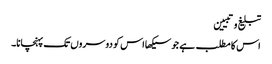
تبلیغ وتبیین
اس کا مطلب ہے جو سیکھا اس کو دوسروں تک پہنچانا۔